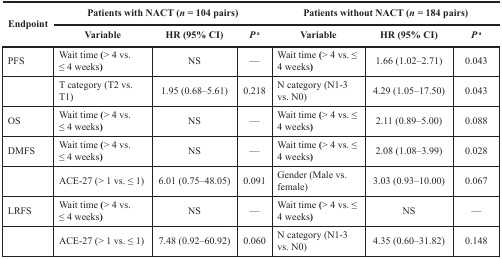
| <ROWSPAN=2> Endpoint | <COLSPAN=3> Patients with NACT (n = 104 pairs) | <COLSPAN=3> Patients without NACT (n = 184 pairs) |
 | Variable | HR (95% CI) | Pa | Variable | HR (95% CI) | Pa |
 | --- | --- | --- | --- | --- | --- | --- |
 | PFS | Wait time (> 4 vs. ≤ 4 weeks) | NS | — | Wait time (> 4 vs. ≤ 4 weeks) | 1.66 (1.02–2.71) | 0.043 |
 |  | T category (T2 vs. T1) | 1.95 (0.68–5.61) | 0.218 | N category (N1-3 vs. N0) | 4.29 (1.05–17.50) | 0.043 |
 | OS | Wait time (> 4 vs. ≤ 4 weeks) | NS | — | Wait time (> 4 vs. ≤ 4 weeks) | 2.11 (0.89–5.00) | 0.088 |
 | DMFS | Wait time (> 4 vs. ≤ 4 weeks) | NS | — | Wait time (> 4 vs. ≤ 4 weeks) | 2.08 (1.08–3.99) | 0.028 |
 |  | ACE-27 (> 1 vs. ≤ 1) | 6.01 (0.75–48.05) | 0.091 | Gender (Male vs. female) | 3.03 (0.93–10.00) | 0.067 |
 | LRFS | Wait time (> 4 vs. ≤ 4 weeks) | NS | — | Wait time (> 4 vs. ≤ 4 weeks) | NS | — |
 |  | ACE-27 (> 1 vs. ≤ 1) | 7.48 (0.92–60.92) | 0.060 | N category (N1-3 vs. N0) | 4.35 (0.60–31.82) | 0.148 |